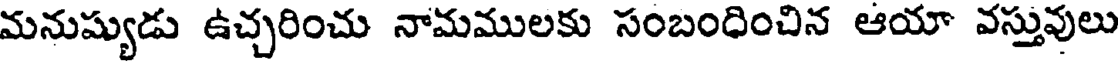
మనుష్యుడు ఉచ్చరించు నామములకు సంబంధించిన ఆయా వస్తువులు